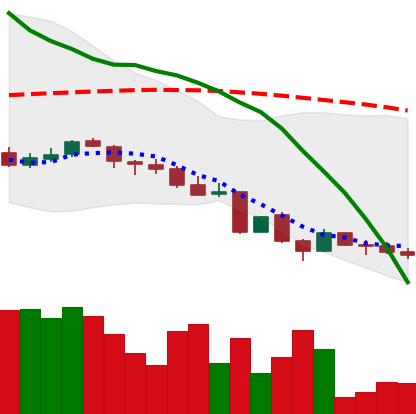
Ticker: LINK-USD
Chart end date: 2018-06-18
Forward return: -7.816%
Label: down_7plus